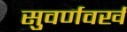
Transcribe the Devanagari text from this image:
सुवर्णवर्ख